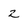
Character: 2